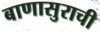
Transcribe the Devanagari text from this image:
बाणासुराची